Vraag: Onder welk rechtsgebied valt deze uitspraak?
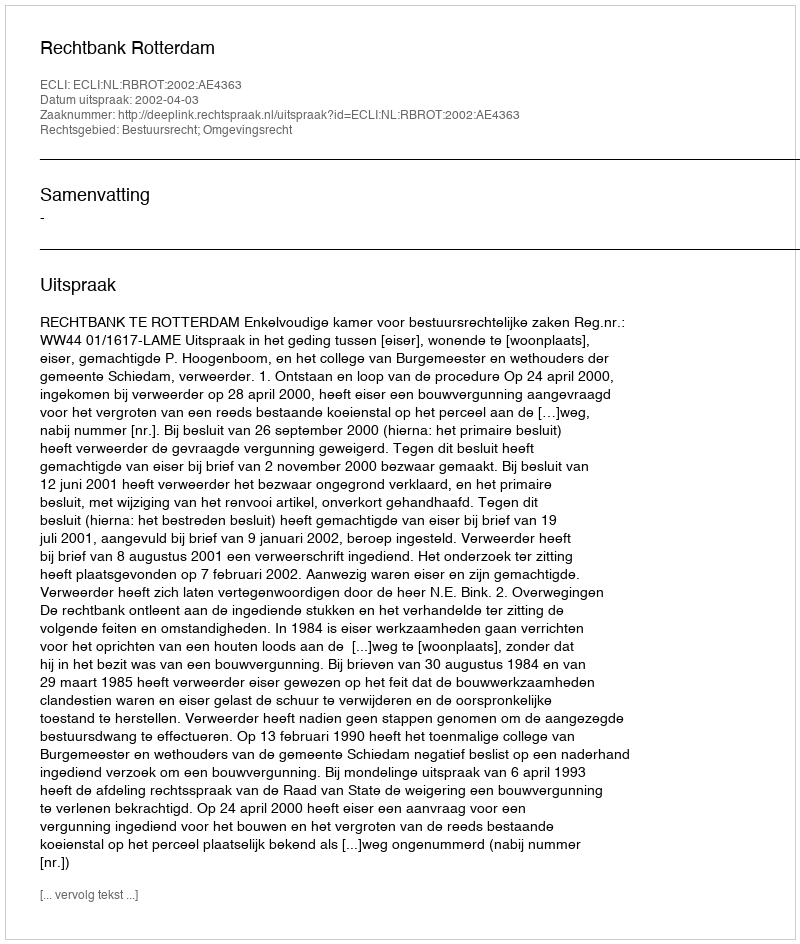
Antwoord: Bestuursrecht; Omgevingsrecht